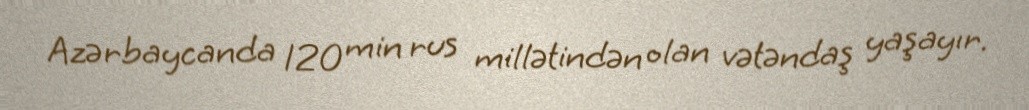
Azərbaycanda 120 min rus millətindən olan vətəndaş yaşayır.